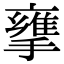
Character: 𢶜